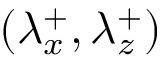
( { \lambda } _ { x } ^ { + } , { \lambda } _ { z } ^ { + } )